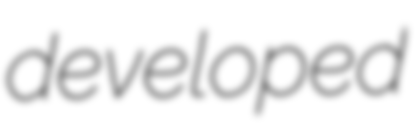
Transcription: developed